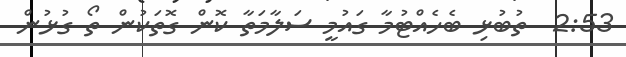
2:53  ތުބުޅި ބެހެއްޓުމާ ގައުމީ ސަލާމަތާ ކޮން ގޮތަކުން ތޯ ގުޅުން